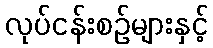
လုပ်ငန်းစဉ်များနှင့်